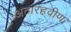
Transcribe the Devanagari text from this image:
अठारहवीण